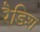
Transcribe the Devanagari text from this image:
रैडिश